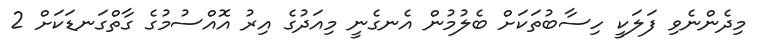
މިދެންނެވި ފަލަކީ ހިސާބުތަކަށް ބެލުމުން އެނގެނީ މިއަދުގެ އިރު އޮއްސުމުގެ ގާތްގަނޑަކަށް 2